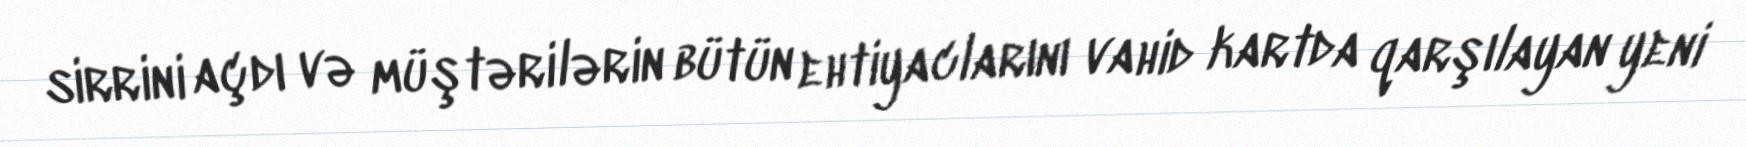
sirrini açdı və müştərilərin bütün ehtiyaclarını vahid kartda qarşılayan yeni